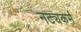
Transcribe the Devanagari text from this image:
नट्यकर्म